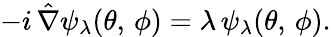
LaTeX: -i\, \hat{\nabla}\psi_{\lambda}(\theta,\, \phi)=\lambda\, \psi_{\lambda}(\theta,\, \phi).